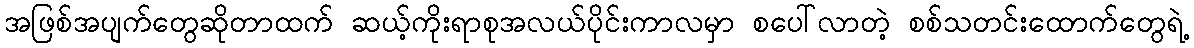
အဖြစ်အပျက်တွေဆိုတာထက် ဆယ့်ကိုးရာစုအလယ်ပိုင်းကာလမှာ စပေါ်လာတဲ့ စစ်သတင်းထောက်တွေရဲ့